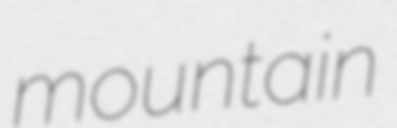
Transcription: mountain